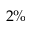
2 \%